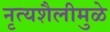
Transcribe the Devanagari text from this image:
नृत्यशैलीमुळे